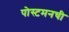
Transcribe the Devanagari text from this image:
पोस्टमनची